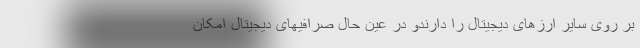
بر روی سایر ارزهای دیجیتال را دارندو در عین حال صرافیهای دیجیتال امکان